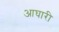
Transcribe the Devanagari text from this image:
आघारी